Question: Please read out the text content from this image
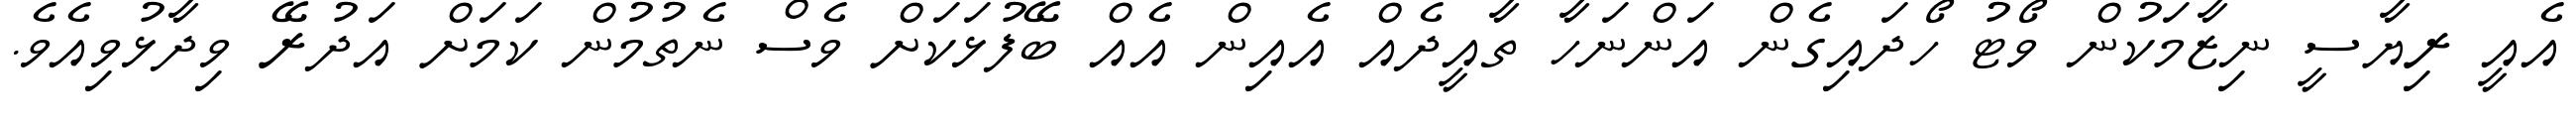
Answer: އެއީ ރިޔާސީ ނިޒާމަކުން ވޯޓު ހޯދައިގެން އަންނަހާ ތާއީދެއް އެއިން އެއް ބޭފުޅަކަށް ވެސް ނެތުމުން ކަމަށް އަދުރޭ ވިދާޅުވިއެވެ.